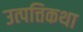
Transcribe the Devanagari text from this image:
उत्पत्तिकथा